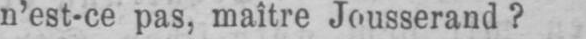
n’est-ce pas, maître Jousserand?